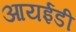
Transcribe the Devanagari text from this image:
आयईडी